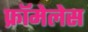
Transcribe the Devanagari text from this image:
फ्रॉमेलेस